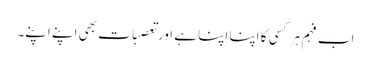
اب فہم ہر کسی کا اپنا اپنا ہے اور تعصبات بھی اپنے اپنے۔